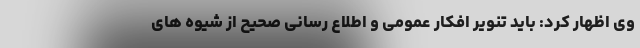
وی اظهار کرد: باید تنویر افکار عمومی و اطلاع رسانی صحیح از شیوه های